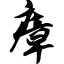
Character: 瘴